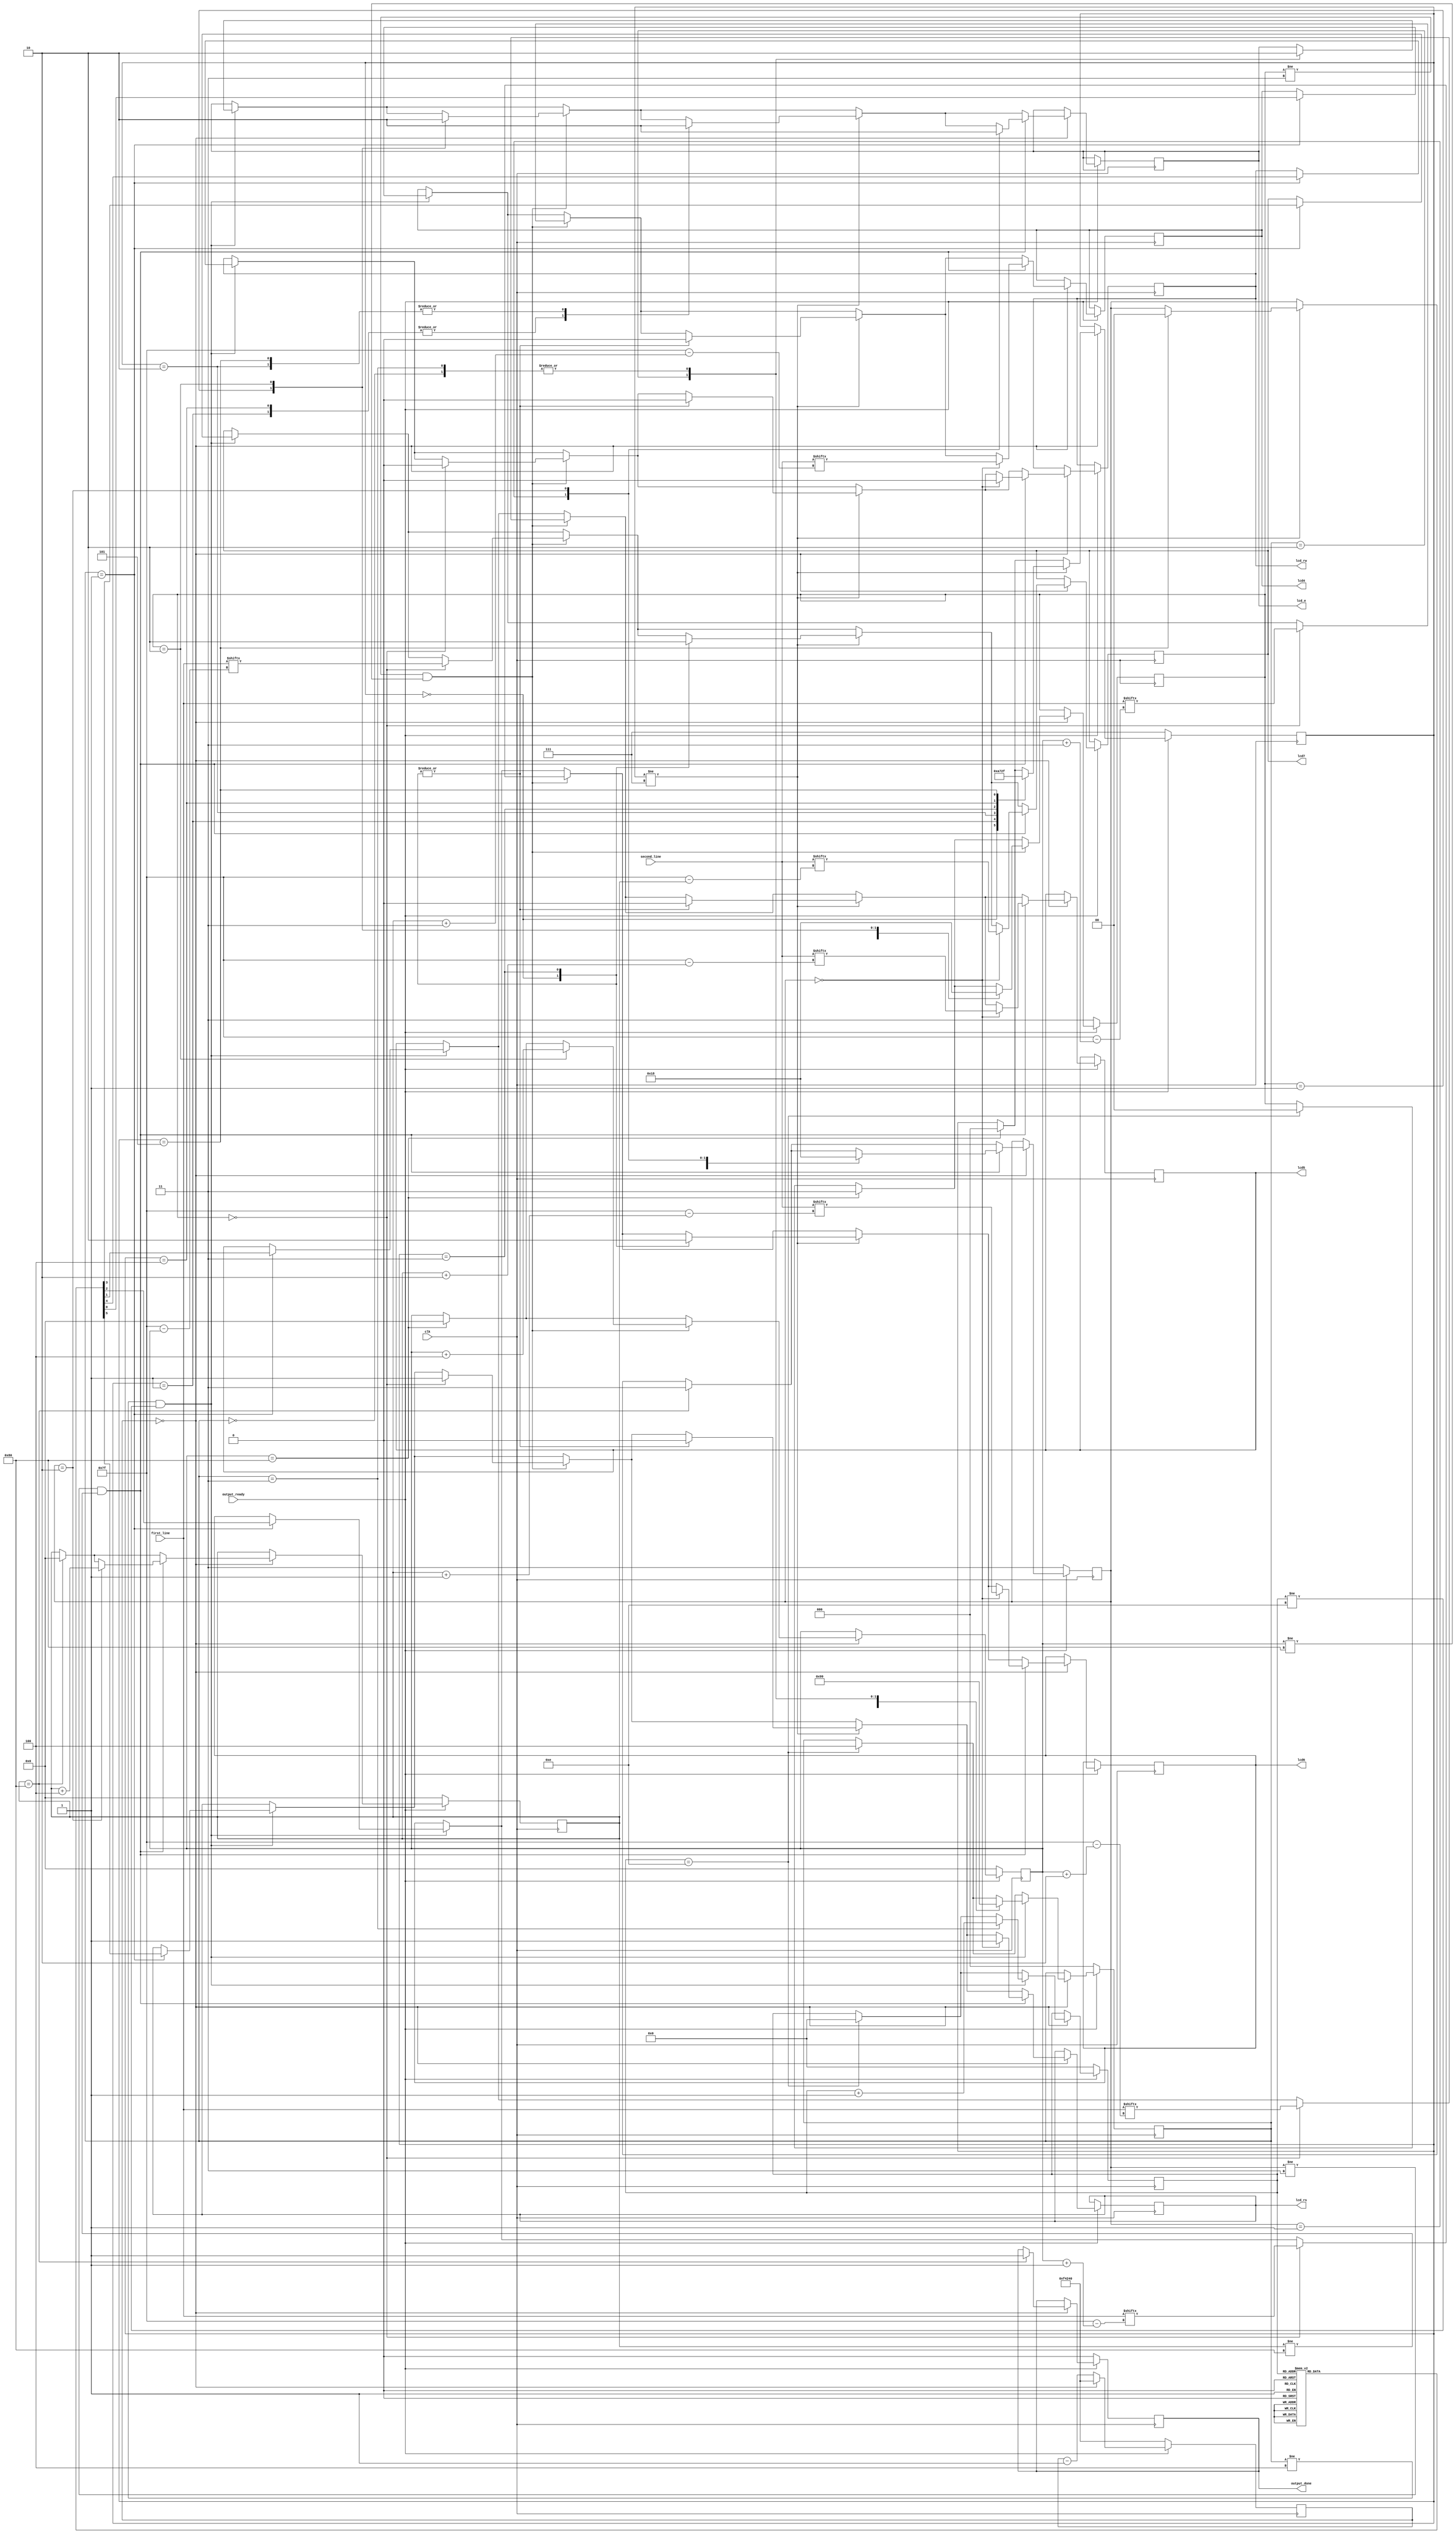
`timescale 1ns / 1ps
//////////////////////////////////////////////////////////////////////////////////
// Company: 
// Engineer: 
// 
// Design Name: 
// Module Name:    lcd_interface 
// Project Name: 
// Target Devices: 
// Tool versions: 
// Description: 
//
// Dependencies: 
//
// Revision: 
// Revision 0.01 - File Created
// Additional Comments: 
//
//////////////////////////////////////////////////////////////////////////////////
module lcd_interface(first_line, second_line, output_ready, clk, lcd_rs, lcd_rw, lcd_e, lcd4, lcd5, lcd6, lcd7, output_done
    );

   input output_ready;
   input [0:127] first_line;
	input [0:127] second_line;
	input clk;
	output lcd_rs, lcd_rw, lcd_e, lcd4, lcd5, lcd6, lcd7, output_done;
	reg lcd_rs, lcd_rw, lcd_e, lcd4, lcd5, lcd6, lcd7, output_done;

	reg [7:0] first_line_index;
	reg [1:0] first_line_state;
	 
	reg [7:0] second_line_index;
	reg [1:0] second_line_state;
	 
	reg [19:0] counter;
	reg [2:0] next_state;
	 
	reg [2:0] line_break_state;
	 
	reg [5:0] ROM [0:13];
	reg [3:0] ROM_index;
	 
	// Initialization code
	initial begin
	   first_line_index = 0;
		first_line_state = 3;
		second_line_index = 0;
		second_line_state = 3;
		counter = 1_000_000;
		next_state = 0;
		line_break_state = 7;
		ROM_index = 0;
		output_done = 0;
		ROM[0] = 6'h03;
		ROM[1] = 6'h03;
		ROM[2] = 6'h03;
		ROM[3] = 6'h02;
		ROM[4] = 6'h02;
		ROM[5] = 6'h08;
		ROM[6] = 6'h00;
		ROM[7] = 6'h06;
		ROM[8] = 6'h00;
		ROM[9] = 6'h0c;
		ROM[10] = 6'h00;
		ROM[11] = 6'h01;
		ROM[12] = 6'h08;
		ROM[13] = 6'h00;
	end
	
	always @ (posedge clk) begin
	   	if (output_ready == 0) begin
		   	first_line_index <= 0;
		   	first_line_state <= 3;
		   	second_line_index <= 0;
		   	second_line_state <= 3;
		   	counter <= 1000000;
		   	next_state <= 0;
		   	line_break_state <= 7;
		   	ROM_index <= 0;
			output_done <= 0;
		end
		else if (output_ready == 1) begin
	      		if (counter == 0) begin
		      		counter <= 1000000;
			
			   	// Initialization state machine
			   	if (ROM_index == 14) begin
				   	next_state <= 4;
				   	ROM_index <= 0;
				   	first_line_state <= 0;
			   	end
					
			   	if ((next_state != 4) && (ROM_index != 14)) begin
			     		case (next_state)
			      		0: begin
						lcd_e <= 0;
						next_state <= 1;
               				end
					
               				1: begin
						{lcd_rs, lcd_rw, lcd7, lcd6, lcd5, lcd4} <= ROM[ROM_index];
						next_state <= 2;
				   	end
					
				   	2: begin
				      		lcd_e <= 1;
						next_state <= 3;
					end
					
				   	3: begin
				      		lcd_e <= 0;
						next_state <= 1;
						ROM_index <= ROM_index + 1;
					end
				  	endcase
			   	end
			
			   	// First line state machine
			   	if (first_line_index == 128) begin
				   	first_line_state <= 3;
				   	first_line_index <= 0;
				   	line_break_state <= 0;
			   	end
			   	if ((first_line_state != 3) && (first_line_index != 128)) begin
				   	case (first_line_state)
					0: begin
						{lcd_rs, lcd_rw, lcd7, lcd6, lcd5, lcd4} <= {2'h2,first_line[first_line_index],first_line[first_line_index+1],first_line[first_line_index+2],first_line[first_line_index+3]};
						first_line_state <= 1;
				   	end
						
					1: begin
						lcd_e <= 1;
						first_line_state <= 2;
					end
					
					2: begin
						lcd_e <= 0;
						first_line_state <= 0;
						first_line_index <= first_line_index+4;
					end
				   	endcase
			   	end
			
			   	// Line break state machine
			   	if (line_break_state != 7) begin
				   	case (line_break_state)
					0: begin
						{lcd_rs, lcd_rw, lcd7, lcd6, lcd5, lcd4} <= 6'h0c;
						line_break_state <= 1;
					end
						
					1: begin
						lcd_e <= 1;
						line_break_state <= 2;
					end
						
					2: begin
						lcd_e <= 0;
						line_break_state <= 3;
					end
						
					3: begin
						{lcd_rs, lcd_rw, lcd7, lcd6, lcd5, lcd4} <= 6'h00;
						line_break_state <= 4;
					end
						
					4: begin
						lcd_e <= 1;
						line_break_state <= 5;
					end
						
					5: begin
						lcd_e <= 0;
						line_break_state <= 7;
						second_line_state <= 0;
					end
				   	endcase
			   	end
			
			   	// Second line state machine
			   	if (second_line_index == 128) begin
				   	second_line_state <= 3;
				   	second_line_index <= 0;
					output_done <= 1;
			   	end
			   	if ((second_line_state != 3) && (second_line_index != 128)) begin
				   	case (second_line_state)
					0: begin
						{lcd_rs, lcd_rw, lcd7, lcd6, lcd5, lcd4} <= {2'h2,second_line[second_line_index],second_line[second_line_index+1],second_line[second_line_index+2],second_line[second_line_index+3]};
						second_line_state <= 1;
					end
						
					1: begin
						lcd_e <= 1;
						second_line_state <= 2;
					end
					
					2: begin
						lcd_e <= 0;
						second_line_state <= 0;
						second_line_index <= second_line_index+4;
					end
				   	endcase
			   	end
		   	end
		   	else 
		   	begin 
		      		counter <= counter - 1;
		   	end
	   	end
	end

endmodule